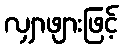
လျှာဖျားဖြင့်